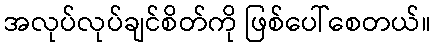
အလုပ်လုပ်ချင်စိတ်ကို ဖြစ်ပေါ်စေတယ်။